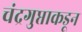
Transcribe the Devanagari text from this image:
चंद्रगुप्ताकडून